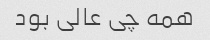
همه چی عالی بود